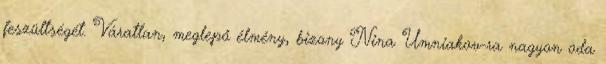
feszültségét. Váratlan, meglepő élmény, bizony Nina Umniakov-ra nagyon oda